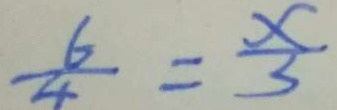
\frac { 6 } { 4 } = \frac { x } { 3 }